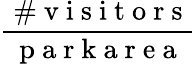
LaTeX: \frac{\mathrm{~\# ~v~i~s~i~t~o~r~s~}}{\mathrm{~p~a~r~k~a~r~e~a~}}